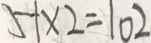
5 1 \times 2 = 1 0 2